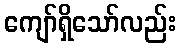
ကျော်ရှိသော်လည်း